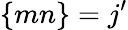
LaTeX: \left\{ mn\right\} =j{'}